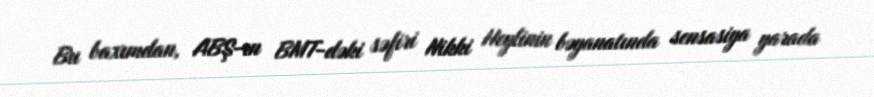
Bu baxımdan, ABŞ-ın BMT-dəki səfiri Nikki Heylinin bəyanatında sensasiya yarada